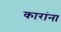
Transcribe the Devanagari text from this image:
कारांना